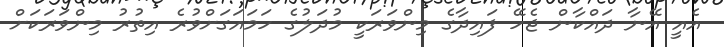
އެއީ އޭނާ ދައްކާން ޖެހޭ ފައިދާގެ މިންވަރަކީ މުދަލުގެ ހަމައަގަށްވުރެ އިތުރު މިންވަރަކަށް